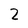
Character: 2